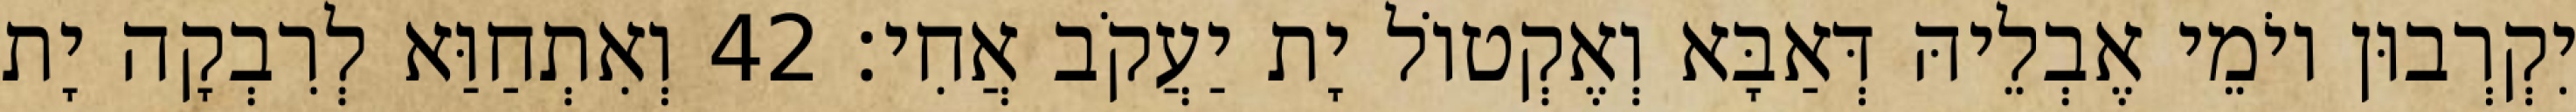
יִקְרְבוּן יוֹמֵי אֶבְלֵיהּ דְּאַבָּא וְאֶקְטוֹל יָת יַעֲקֹב אֲחִי׃ 42 וְאִתְחַוַּא לְרִבְקָה יָת